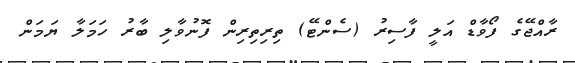
ރާއްޖޭގެ ފޯވާޑް އަލީ ފާސިރު (ސެންޓޭ) ތިރިތިރިން ފޮނުވާލި ބާރު ހަމަލާ ޔަމަން